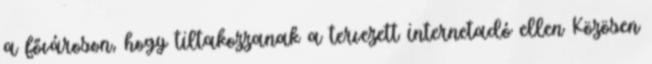
a fővároson, hogy tiltakozzanak a tervezett internetadó ellen Közösen